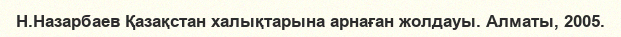
Н.Назарбаев Қазақстан халықтарына арнаған жолдауы. Алматы, 2005.